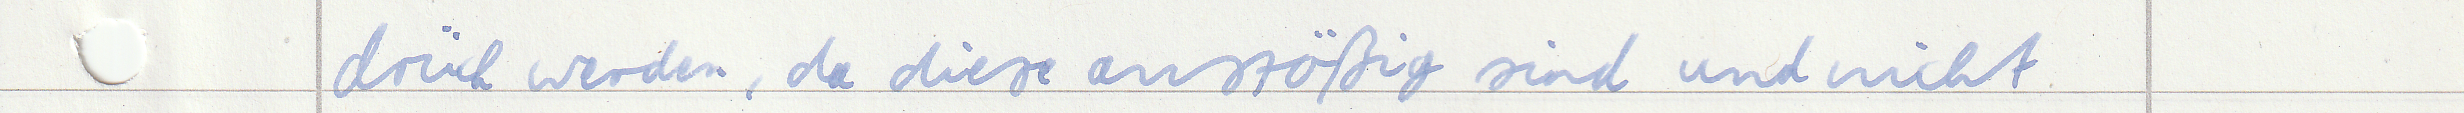
drück werden, da diese anstößig sind und nicht